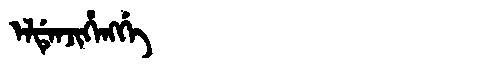
Manchu: ᡝᠯᡩᡝᠨᠵᡳᡥᡝᠩᡤᡝ
Romanization: ELDENJIHENGGE